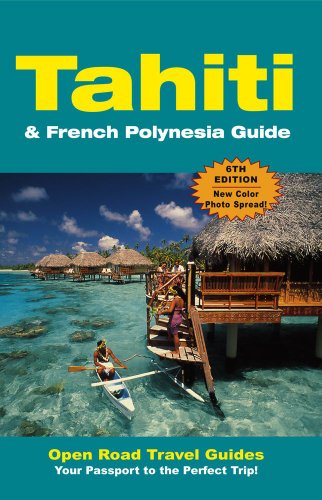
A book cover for Tahiti & French Polynesia Guide; Jan Prince; Travel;